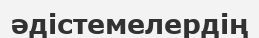
әдістемелердің